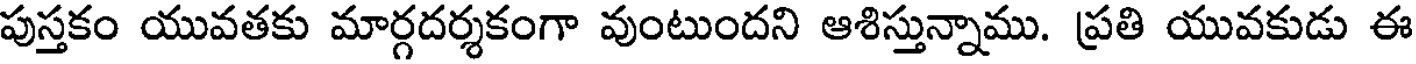
పుస్తకం యువతకు మార్గదర్శకంగా వుంటుందని ఆశిస్తున్నాము. ప్రతి యువకుడు ఈ